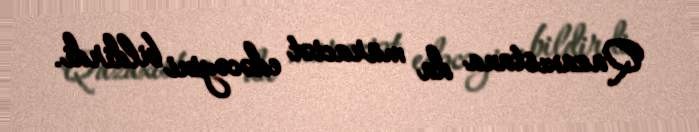
Qazaxıstana da müraciət edəcəyini bildirdi.